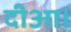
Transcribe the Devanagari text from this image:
दीआ।